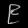
Digit: ၉